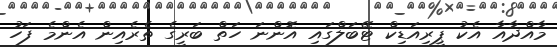
މާއްދާއާ އެކު ޕީރިއަޑިކް ޓޭބަލްގައި އޮންނަ ހަތް ބަރީގެ ތެރެއިން އެންމެ ފަހު